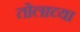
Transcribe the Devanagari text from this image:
तोलाच्या